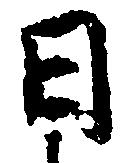
日